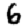
Digit: 6